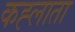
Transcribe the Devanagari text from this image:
कह्लाता